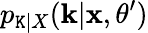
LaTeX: p_{\mathtt{K}|X}(\mathbf{k}|\mathbf{x},\theta^{\prime})